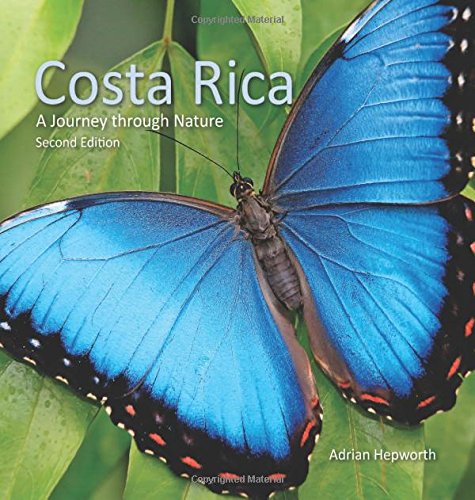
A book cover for Costa Rica: A Journey through Nature (Zona Tropical Publications); History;